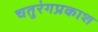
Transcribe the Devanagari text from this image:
चतुरंगप्रकाश